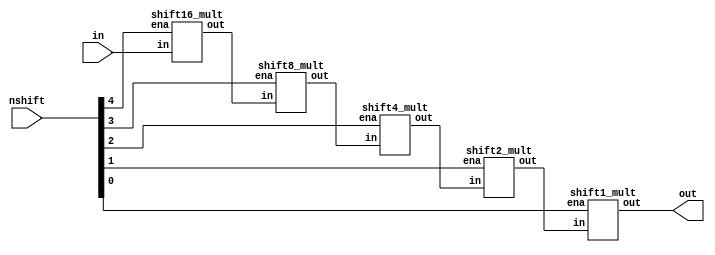
module shift_right_mult(in, nshift, out);

input	[23:0]	in;
input	[4:0]	nshift;
output	[23:0]	out;

wire	[23:0]	temp1,temp2,temp3,temp4;

shift16_mult shift_1(.in(in[23:0]), .ena(nshift[4]), .out(temp1));
shift8_mult  shift_2(.in(temp1), .ena(nshift[3]), .out(temp2));
shift4_mult  shift_3(.in(temp2), .ena(nshift[2]), .out(temp3));
shift2_mult  shift_4(.in(temp3), .ena(nshift[1]), .out(temp4));
shift1_mult  shift_5(.in(temp4), .ena(nshift[0]), .out(out[23:0]));

assign out[23] = in[23];
endmodule

///////////////////////////////////////////////////////////////////////

module shift16_mult(in, ena, out);

input	[23:0]	in;
input			ena;
output	[23:0]	out;

assign out = ena?{16'b0,in[23:16]}:in;
endmodule

///////////////////////////////////////////////////////////////////////

module shift8_mult(in, ena, out);

input	[23:0]	in;
input			ena;
output	[23:0]	out;

assign out = ena?{8'b0,in[23:8]}:in;
endmodule

///////////////////////////////////////////////////////////////////////

module shift4_mult(in, ena, out);

input	[23:0]	in;
input			ena;
output	[23:0]	out;

assign out = ena?{4'b0,in[23:4]}:in;
endmodule

///////////////////////////////////////////////////////////////////////

module shift2_mult(in, ena, out);

input	[23:0]	in;
input			ena;
output	[23:0]	out;

assign out = ena?{2'b0,in[23:2]}:in;
endmodule

///////////////////////////////////////////////////////////////////////

module shift1_mult(in, ena, out);

input	[23:0]	in;
input			ena;
output	[23:0]	out;

assign out = ena?{1'b0,in[23:1]}:in;
endmodule